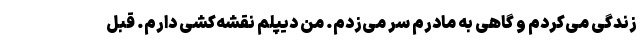
زندگی می‌کردم و گاهی به مادرم سر می‌زدم. من دیپلم نقشه‌کشی دارم. قبل